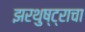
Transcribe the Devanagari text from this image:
झरथुष्ट्राचा